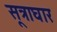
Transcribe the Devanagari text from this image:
सूत्राघार